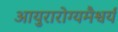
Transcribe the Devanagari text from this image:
आयुरारोग्यमैश्वर्यं